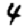
Digit: 4